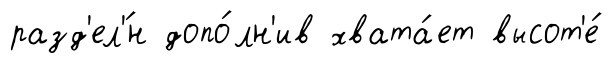
разд'ел'́н допо́лн'ив хвата́ет высот'е́